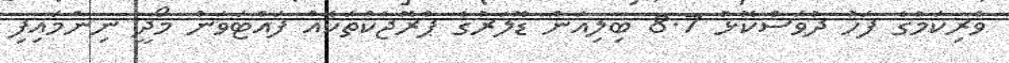
ވެރިކަމުގެ ފަހު ދުވަސްކޮޅު 8.7 ބިލިއަން ޑޮލަރުގެ ޕްރޮޖެކްތަކެއް ފައްޓަވަން މޯދީ ނިންމައިފި